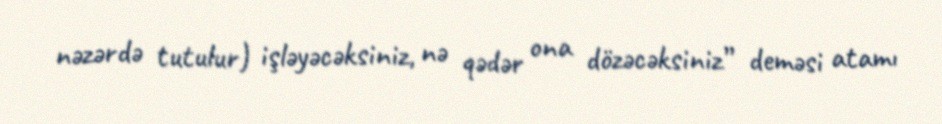
nəzərdə tutulur) işləyəcəksiniz, nə qədər ona dözəcəksiniz” deməsi atamı